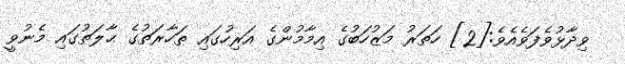
ވިދާޅުވެފަވެއެވެ:[2] ހަތަރު މަޒުހަބުގެ އިމާމުންގެ އަރިހުގައި ޠަހާރަތުގެ ޙާލަތުގައި މެނުވީ